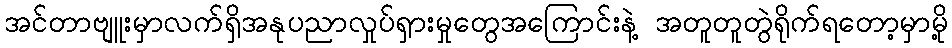
အင်တာဗျူးမှာလက်ရှိအနုပညာလှုပ်ရှားမှုတွေအကြောင်းနဲ့ အတူတူတွဲရိုက်ရတော့မှာမို့